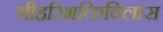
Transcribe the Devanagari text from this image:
श्रीहरिभक्तिविलास